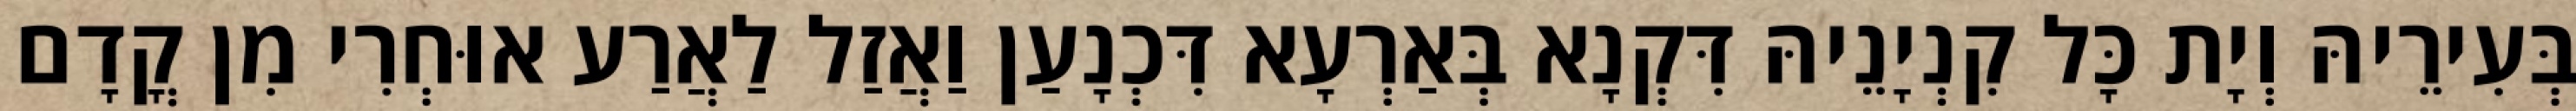
בְּעִירֵיהּ וְיָת כָּל קִנְיָנֵיהּ דִּקְנָא בְּאַרְעָא דִּכְנָעַן וַאֲזַל לַאֲרַע אוּחְרִי מִן קֳדָם